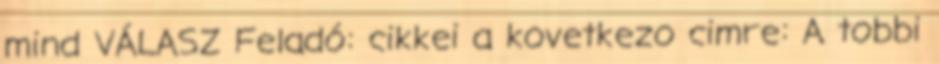
mind VÁLASZ Feladó: cikkei a kovetkezo cimre: A tobbi